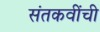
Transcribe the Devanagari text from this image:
संतकवींची